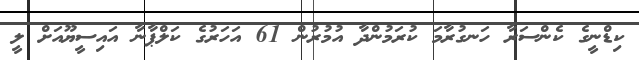
ކިޑްނީގެ ކެންސަރާ ހަނގުރާމަ ކުރަމުންދާ އުމުރުން 61 އަހަރުގެ ކަލްޕާނާ އައިސީޔޫއަށް ލީ